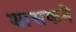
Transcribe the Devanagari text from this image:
शासकने